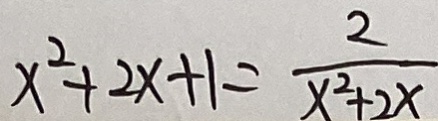
x ^ { 2 } + 2 x + 1 = \frac { 2 } { x ^ { 2 } + 2 x }